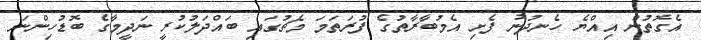
އެގޮތުން އިއްޔެ ހެނދުނު ފެށި އެމުބާރާތުގެ ފުރަތަމަ މެޗުގައި ބައްދަލުކުރީ ނަދީމާގެ ބޮޑުހިންނަ